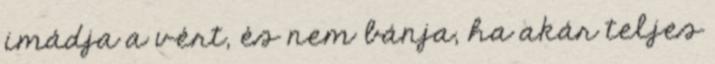
imádja a vért, és nem bánja, ha akár teljes